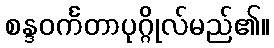
စန္ဒဝင်္ကတာပုဂ္ဂိုလ်မည်၏။